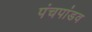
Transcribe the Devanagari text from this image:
पंचपांडव